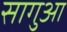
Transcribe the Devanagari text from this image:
सागुआ